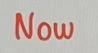
Now